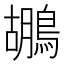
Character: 鶘